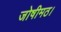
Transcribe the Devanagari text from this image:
जोषीमठ।